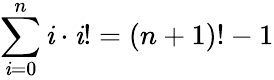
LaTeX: \sum_{\mathit{i}=0}^{n}\mathit{i}\cdot\mathit{i}!=(n+1)!-1